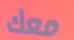
معك